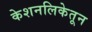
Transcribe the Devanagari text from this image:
केशनलिकेतून